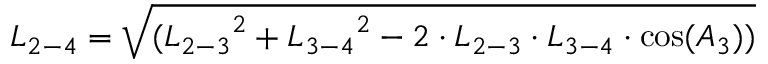
{ L _ { 2 - 4 } } = \sqrt { ( { L _ { 2 - 3 } } ^ { 2 } + { L _ { 3 - 4 } } ^ { 2 } - 2 \cdot { L _ { 2 - 3 } } \cdot { L _ { 3 - 4 } } \cdot \cos ( { A _ { 3 } } ) ) }